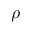
\rho